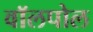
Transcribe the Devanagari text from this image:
वॉलपोल